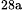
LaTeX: ^\textrm{\scriptsize 28a}